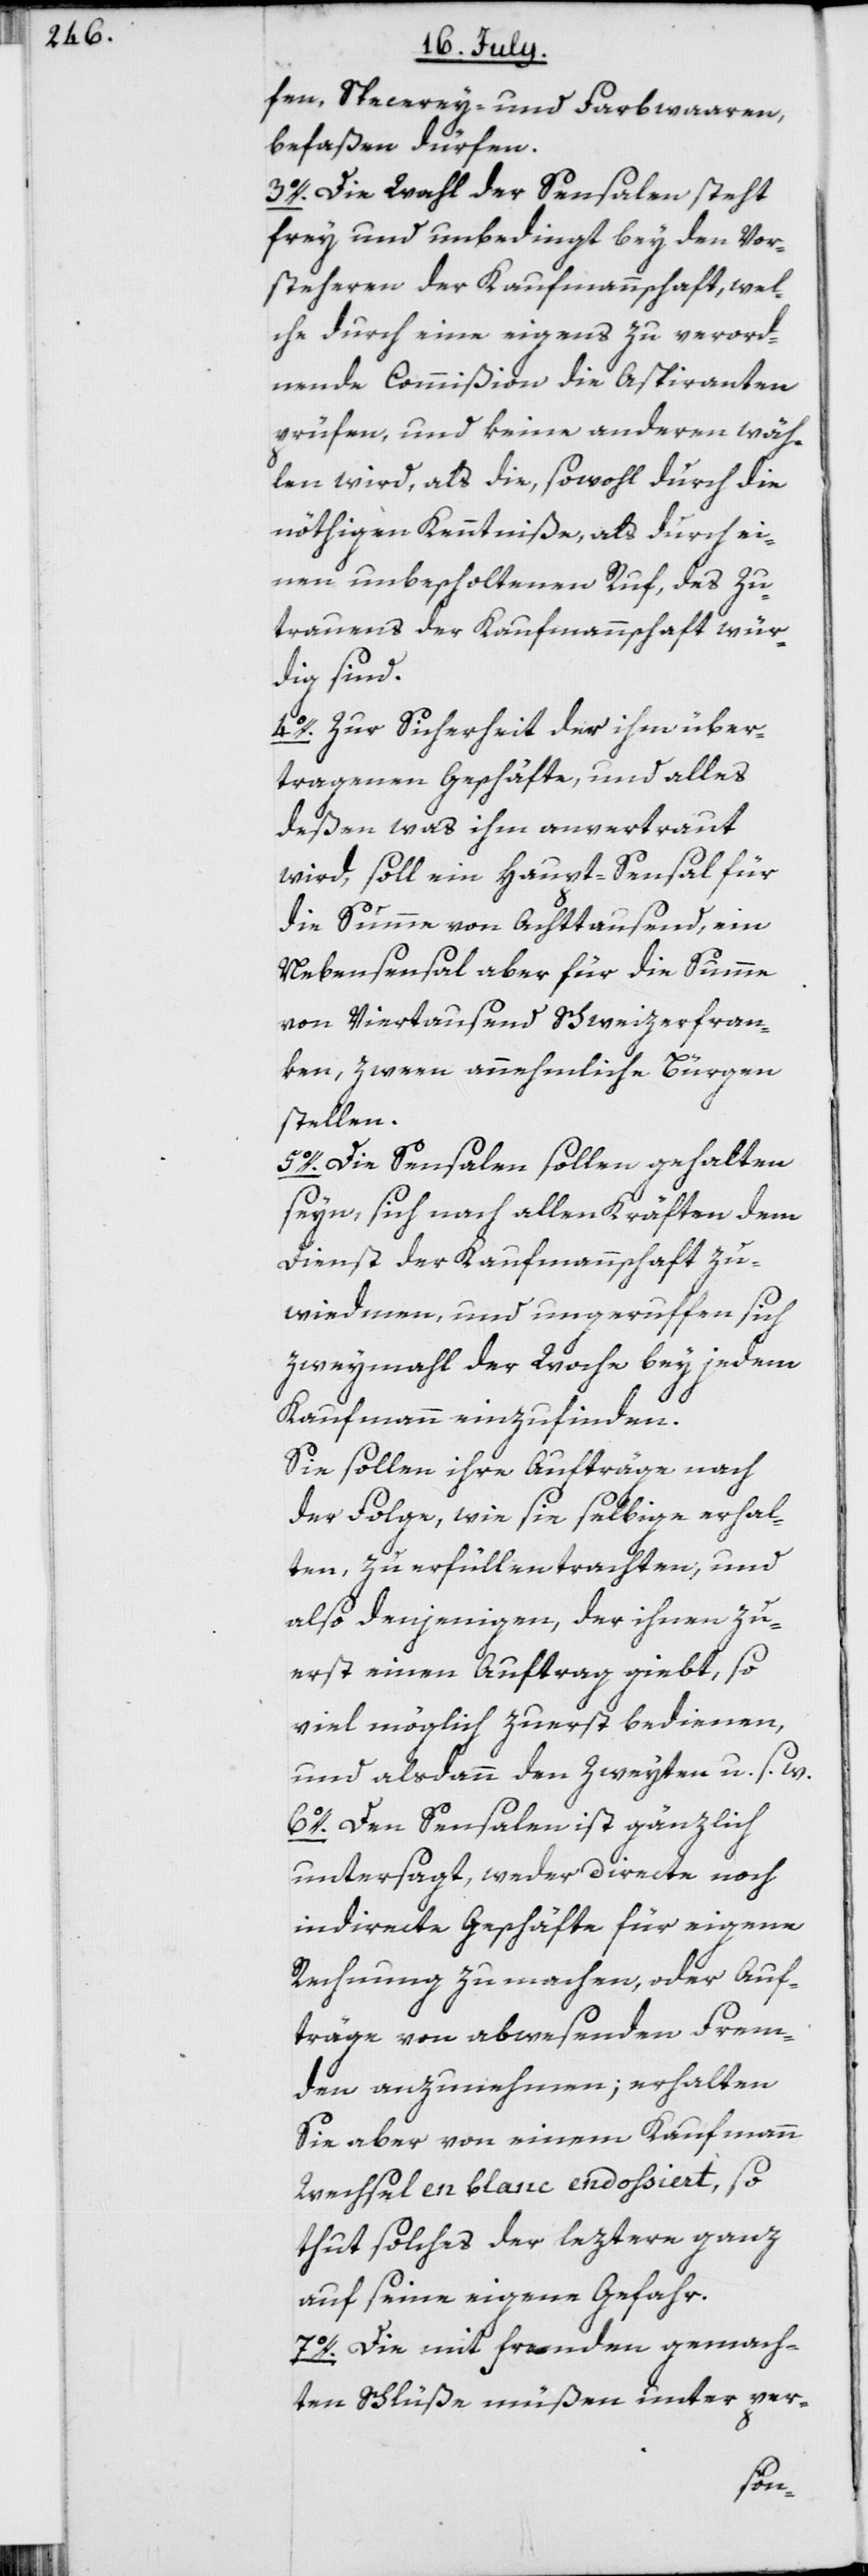
fen, Specerey- und Farbwaaren,
befaßen dürfen.
3o. Die Wahl der Sensalen steht
frey und unbedingt bey den Vor¬
steheren der Kaufmannschaft, wel¬
che durch eine eigens zu verord¬
nende Commißion die Aspiranten
prüfen, und keine anderen wäh¬
len wird, als die, sowohl durch die
nöthigen Kenntniße, als durch ei¬
nen unbescholtenen Ruf, des Zu¬
trauens der Kaufmannschaft wür¬
dig sind.
4o. Zur Sicherheit der ihm über¬
tragenen Geschäfte, und alles
deßen was ihm anvertraut
wird, soll ein Haupt-Sensal für
die Summe von Achttausend, ein
Nebensensal aber für die Summe
von Viertausend Schweizerfran¬
ken, zween annehmliche Bürgen
stellen.
5o. Die Sensalen sollen gehalten
seyn, sich nach allen Kräften dem
Dienst der Kaufmannschaft zu
wiedmen, und ungeruffen sich
zweymahl der Woche bey jedem
Kaufmann einzufinden.
Sie sollen ihre Aufträge nach
der Folge, wie sie selbige erhal¬
ten, zu erfüllen trachten, und
also denjenigen, der ihnen zu¬
erst einen Auftrag giebt, so
viel möglich zuerst bedienen,
und alsdann den Zweyten u. s. w.
6o. Den Sensalen ist gänzlich
untersagt, weder directe noch
indirecte Geschäfte für eigene
Rechnung zu machen, oder Auf¬
träge von abwesenden Frem¬
den anzunehmen; erhalten
Sie aber von einem Kaufmann
Wechsel en blanc endossiert, so
thut solches der leztere ganz
auf seine eigene Gefahr.
7o. Die mit Fremden gemach¬
ten Schlüße müßen unter per-